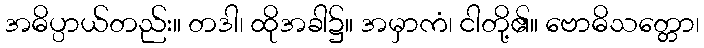
အဓိပ္ပာယ်တည်း။ တဒါ၊ ထိုအခါ၌။ အမှာကံ၊ ငါတို့၏။ ဗောဓိသတ္တော၊